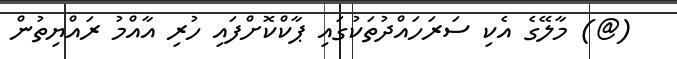
(@) މާލޭގެ އެކި ސަރަހައްދުތަކުގައި ޕާކްކޮށްފައި ހުރި އާއްމު ރައްޔިތުން